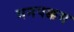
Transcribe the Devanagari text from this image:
मनपक्कम